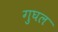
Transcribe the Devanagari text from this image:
गुघल